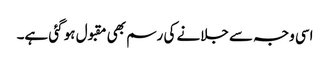
اسی وجہ سے جلانے کی رسم بھی مقبول ہو گئی ہے۔